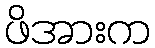
ဖိအားက